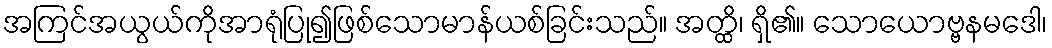
အကြင်အယွယ်ကိုအာရုံပြု၍ဖြစ်သောမာန်ယစ်ခြင်းသည်။ အတ္ထိ၊ ရှိ၏။ သောယောဗ္ဗနမဒေါ၊